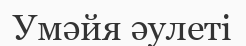
Умәйя әулеті